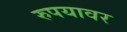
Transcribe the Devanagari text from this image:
रुपयावर